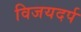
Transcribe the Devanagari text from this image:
विजयदर्प